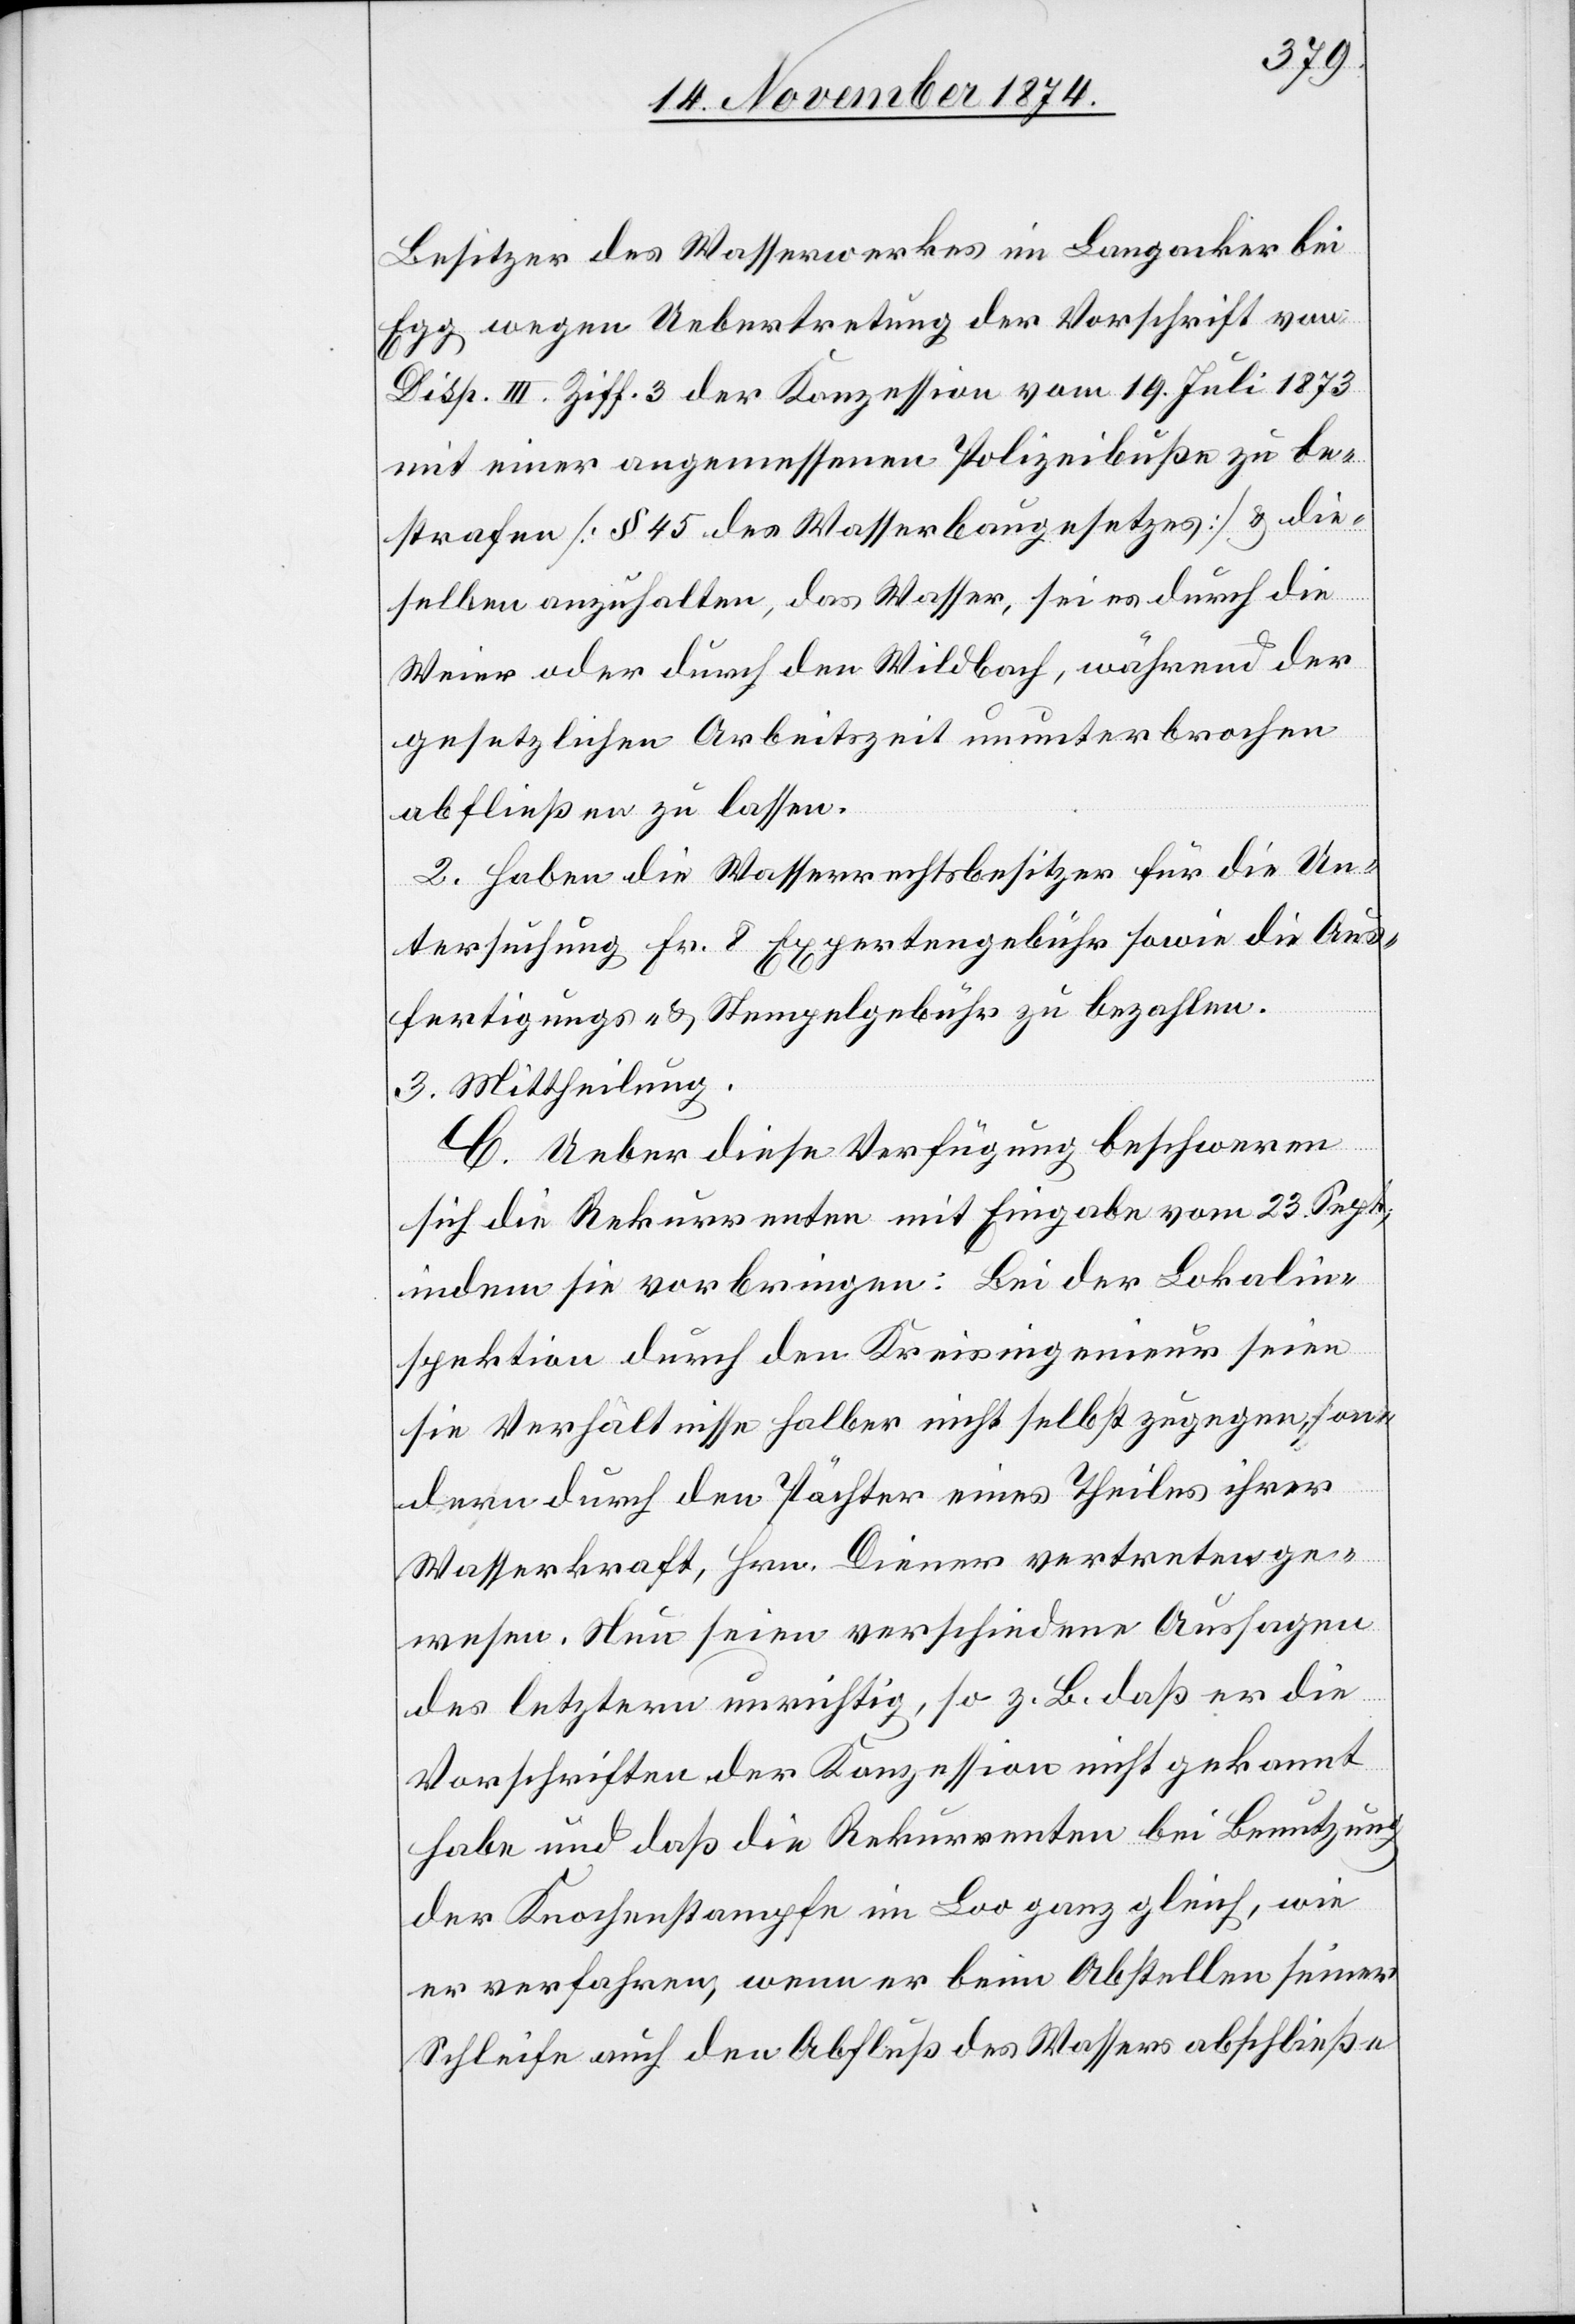
Besitzer des Wasserwerkes im Langacker bei
Egg wegen Uebertretung der Vorschrift von
Disp. III. Ziff. 3 der Konzession vom 19. Juli 1873
mit einer angemessenen Polizeibuße zu be¬
strafen [§ 45 des Wasserbaugesetzes] & die¬
selben anzuhalten, das Wasser, sei es durch die
Weier oder durch den Wildbach, während der
gesetzlichen Arbeitszeit ununterbrochen
abfließen zu lassen.
2. Haben die Wasserrechtsbesitzer für die Un¬
tersuchung Fr. 8 Expertengebühr sowie die Aus¬
fertigungs- & Stempelgebühr zu bezahlen.
3. Mittheilung.
C. Ueber diese Verfügung beschweren
sich die Rekurrenten mit Eingabe vom 23. Sept.,
indem sie vorbringen: Bei der Lokalin¬
spektion durch den Kreisingenieur seien
sie Verhältnisse halber nicht selbst zugegen, son¬
dern durch den Pächter eines Theiles ihrer
Wasserkraft, Hrn. Diener vertreten ge¬
wesen. Nun seien verschiedene Aussagen
des letztern unrichtig, so z. B. daß er die
Vorschriften der Konzession nicht gekannt
habe und daß die Rekurrenten bei Benutzung
der Knochenstampfe im Loo ganz gleich, wie
er verfahren, wenn er beim Abstellen seiner
Schleife auch den Abfluß des Wassers abschließe